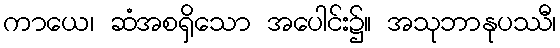
ကာယေ၊ ဆံအစရှိသော အပေါင်း၌။ အသုဘာနုပဿီ၊